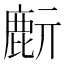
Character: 𪊔